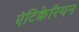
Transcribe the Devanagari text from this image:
एंटिक्वेरियन